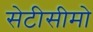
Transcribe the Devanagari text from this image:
सेटीसीमो